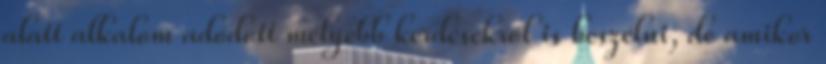
alatt alkalom adódott mélyebb kérdésekről is beszélni, de amikor